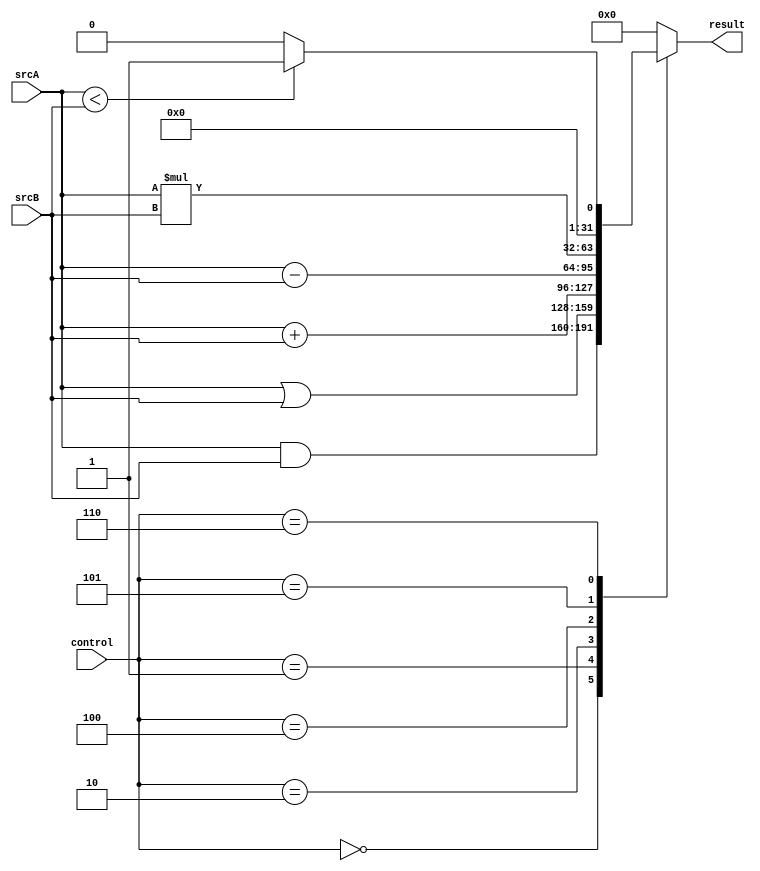
/*
* Module: Arithmetic Logic Unit (ALU)
* Description: combines a variety of mathematical and logical operations into a single unit.
*/
module ALU(
/************************ Input Ports ************************/
input wire [31:0] srcA,srcB,

input wire [2:0] control,

/************************ Output Ports ************************/
output reg [31:0] result

//output reg zero_flag

);

/************************ Code Start ************************/
always @ (*)begin
case(control)
3'b000: result = srcA & srcB; //the rseult is the anding of the two inputs.

3'b001: result = srcA | srcB; //the rseult is the oring of the two inputs.

3'b010: result = srcA + srcB; //the rseult is the summation of the two inputs.

3'b100: result = srcA - srcB; //the rseult is the subtraction of the two inputs.

3'b101: result = srcA * srcB; //the rseult is the multiplication of the two inputs.

3'b110: result = (srcA<srcB)? 32'd1:32'd0; //the rseult is 32 ones if first input is less than the second input.

default: result = 32'd0; //default case is getting 32-bit zero.
endcase

//if(result == 32'd0) zero_flag = 1; //raising the zero flag if the result is zero
//else zero_flag = 0;

end


endmodule